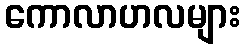
ကောလာဟလများ